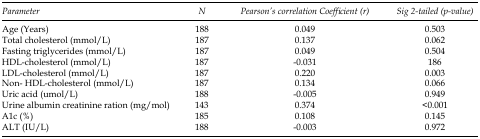
<table><thead><tr><td><b>Parameter</b></td><td><b>N</b></td><td><b>Pearson’s correlation Coefficient (r)</b></td><td><b>Sig 2-tailed (p-value)</b></td></tr></thead><tbody><tr><td>Age (Years)</td><td>188</td><td>0.049</td><td>0.503</td></tr><tr><td>Total cholesterol (mmol/L)</td><td>187</td><td>0.137</td><td>0.062</td></tr><tr><td>Fasting triglycerides (mmol/L)</td><td>187</td><td>0.049</td><td>0.504</td></tr><tr><td>HDL-cholesterol (mmol/L)</td><td>187</td><td>-0.031</td><td>186</td></tr><tr><td>LDL-cholesterol (mmol/L)</td><td>187</td><td>0.220</td><td>0.003</td></tr><tr><td>Non- HDL-cholesterol (mmol/L)</td><td>187</td><td>0.134</td><td>0.066</td></tr><tr><td>Uric acid (umol/L)</td><td>188</td><td>-0.005</td><td>0.949</td></tr><tr><td>Urine albumin creatinine ration (mg/mol)</td><td>143</td><td>0.374</td><td>&lt;0.001</td></tr><tr><td>A1c (%)</td><td>185</td><td>0.108</td><td>0.145</td></tr><tr><td>ALT (IU/L)</td><td>188</td><td>-0.003</td><td>0.972</td></tr></tbody></table>